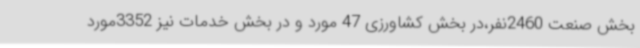
بخش صنعت 2460نفر،در بخش کشاورزی 47 مورد و در بخش خدمات نیز 3352مورد